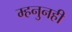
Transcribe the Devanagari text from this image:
म्हनुनही